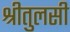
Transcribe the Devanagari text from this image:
श्रीतुलसी